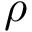
\rho